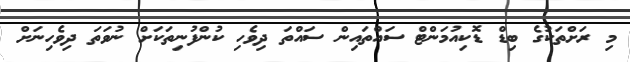
މި ރަށްތަކުގެ ބިޑް ޑޮކިއުމަންޓް ސައްތައިން ސައްތަ ދިވެހި ކުންފުނިތަކަށް ނުވަތަ ދިވެހިނަށް